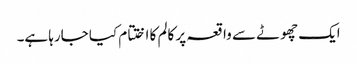
ایک چھوٹے سے واقعہ پر کالم کا اختتام کیا جارہا ہے۔